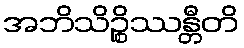
အဘိသိဉ္စိဿန္တီတိ